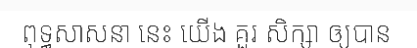
ពុទ្ធសាសនា នេះ យើង គួរ សិក្សា ឲ្យបាន